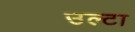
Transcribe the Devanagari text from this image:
उल्‍टा